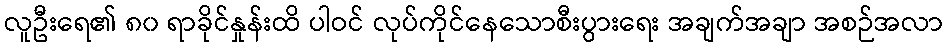
လူဦးရေ၏ ၈၀ ရာခိုင်နှုန်းထိ ပါဝင် လုပ်ကိုင်နေသောစီးပွားရေး အချက်အချာ အစဉ်အလာ